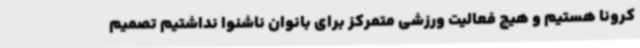
کرونا هستیم و هیچ فعالیت ورزشی متمرکز برای بانوان ناشنوا نداشتیم تصمیم